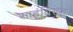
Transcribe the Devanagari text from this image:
शाहूंविरुद्घ